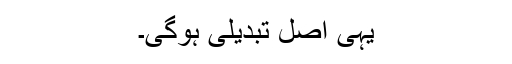
یہی اصل تبدیلی ہوگی۔